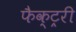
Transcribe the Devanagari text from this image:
फैक्ट्ररी